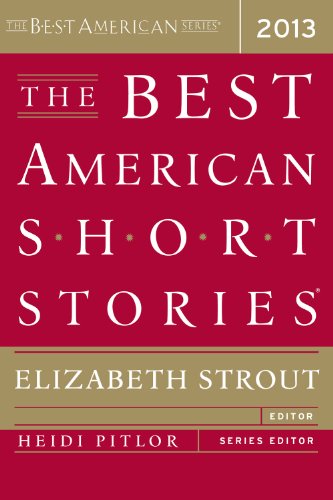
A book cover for The Best American Short Stories 2013; Elizabeth Strout; Computers & Technology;